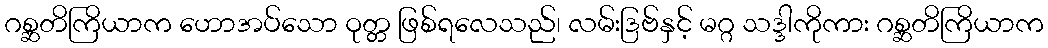
ဂစ္ဆတိကြိယာက ဟောအပ်သော ဝုတ္တ ဖြစ်ရလေသည်၊ လမ်းဒြဗ်နှင့် မဂ္ဂ သဒ္ဒါကိုကား ဂစ္ဆတိကြိယာက